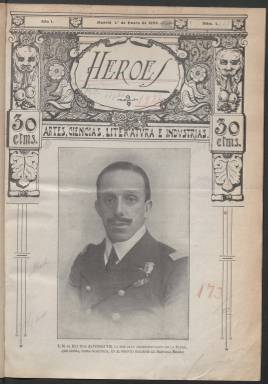
Título: Héroes (Madrid)
Ámbito geográfico: Madrid
Lugar de publicación: Madrid
Fechas: 01/01/1924-13/09/1927